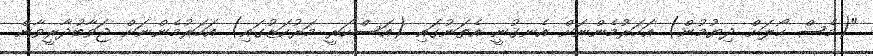
"(މެސް ހޯލަށް ދިޔުމުން) އަހަރުމެންނަށް އެނގުނީ އެތަނުގައި (އަސްކަރީ މަރުކަޒުގައި) އަހަރުމެންނަށް ޖަވާބުދާރީވާން